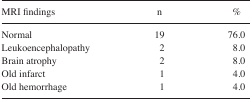
<table><thead><tr><td><b>MRI findings</b></td><td><b>n</b></td><td><b>%</b></td></tr></thead><tbody><tr><td>Normal</td><td>19</td><td>76.0</td></tr><tr><td>Leukoencephalopathy</td><td>2</td><td>8.0</td></tr><tr><td>Brain atrophy</td><td>2</td><td>8.0</td></tr><tr><td>Old infarct</td><td>1</td><td>4.0</td></tr><tr><td>Old hemorrhage</td><td>1</td><td>4.0</td></tr></tbody></table>